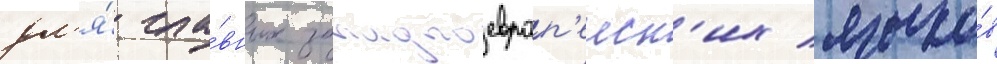
дл'я́ гла́вных западноевроп'еиск'их языко́в